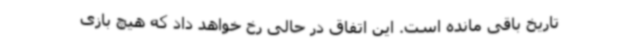
تاریخ باقی مانده است. این اتفاق در حالی رخ خواهد داد که هیچ بازی